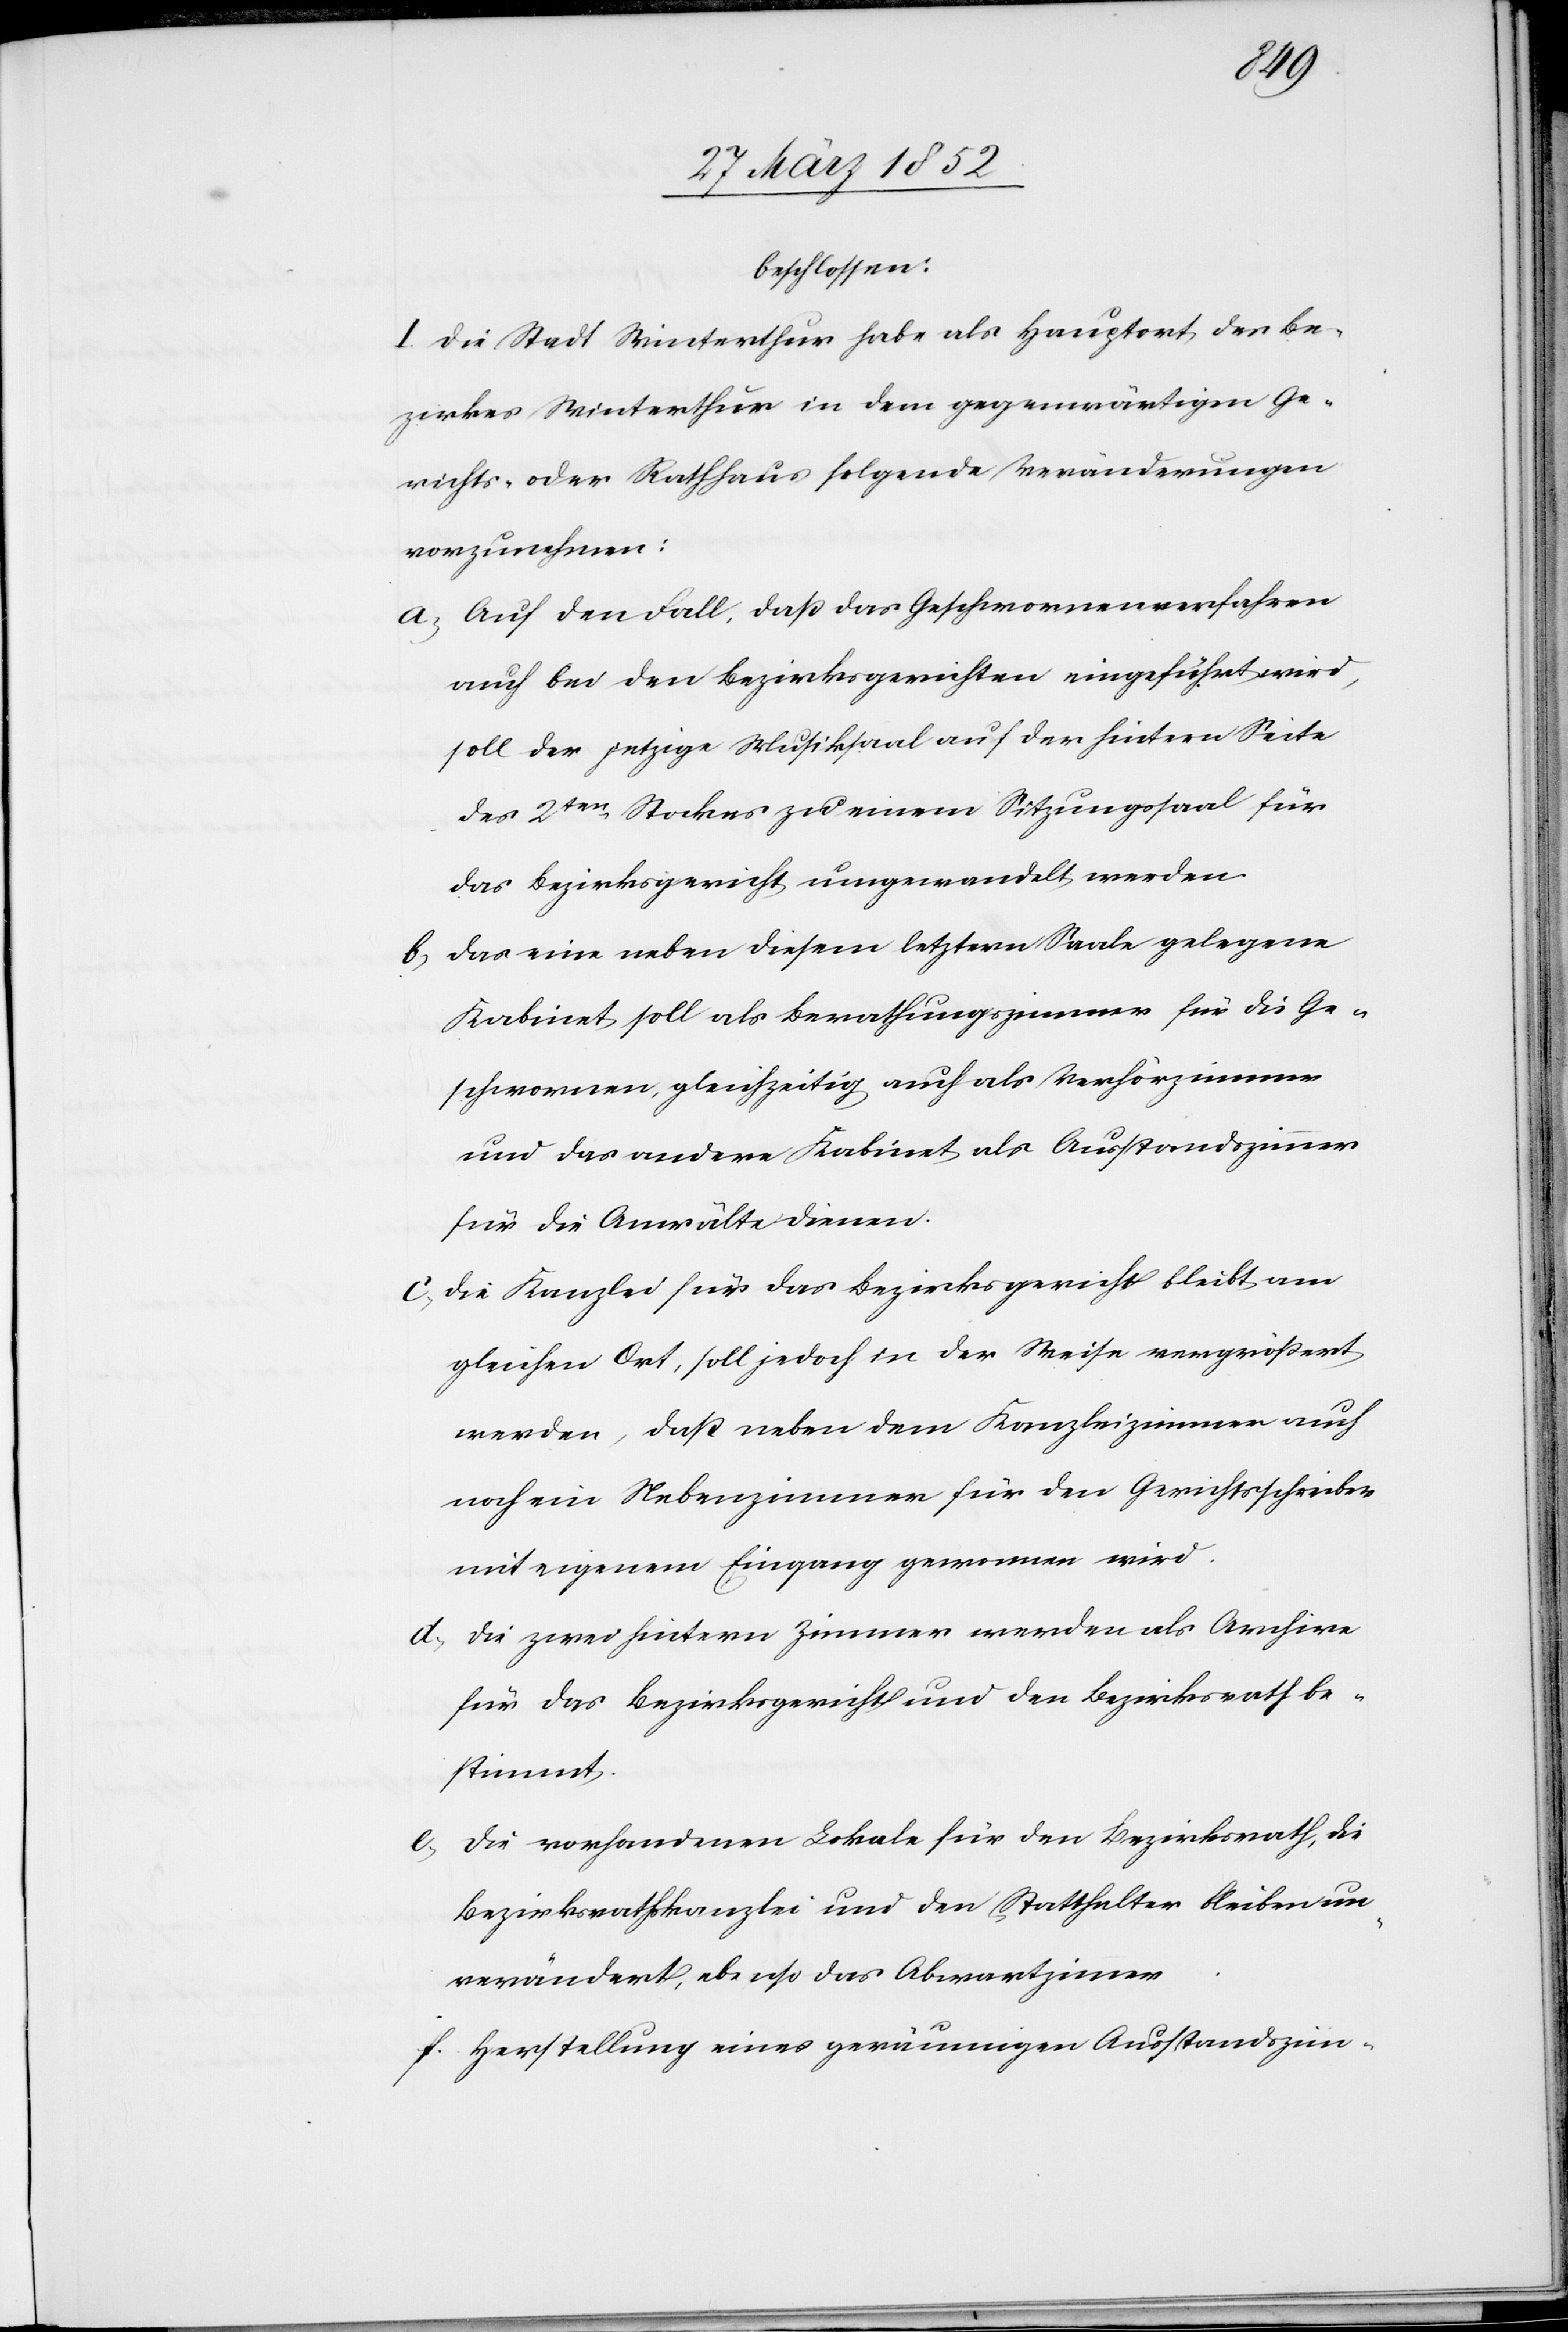
beschlossen:
I. Die Stadt Winterthur habe als Hauptort des Be¬
zirkes Winterthur in dem gegenwärtigen Ge¬
richts- oder Rathhaus folgende Veränderungen
vorzunehmen:
a) Auf den Fall, daß das Geschwornenverfahren
auch bei den Bezirksgerichten eingeführt wird,
soll der jetzige Musiksaal auf der hintern Seite
des 2ten Stockes zu einem Sitzungssaal für
das Bezirksgericht umgewandelt werden.
b) Das eine neben diesem letztern Saale gelegene
Kabinet soll als Berathungszimmer für die Ge¬
schwornen gleichzeitig auch als Verhörzimmer
und das andere Kabinet als Ausstandszimmer
für die Anwälte dienen.
c) Die Kanzlei für das Bezirksgericht bleibt am
gleichen Ort, soll jedoch in der Weise vergrößert
werden, daß neben dem Kanzleizimmer auch
noch ein Nebenzimmer für den Gerichtsschreiber
mit eigenem Eingang gewonnen wird.
d) Die zwei hintern Zimmer werden als Archive
für das Bezirksgericht und den Bezirksrath be¬
stimmt.
e) Die vorhandenen Lokale für den Bezirksrath, die
Bezirksrathskanzlei und den Statthalter bleiben un¬
verändert, ebenso das Abwartzimmer.
f) Herstellung eines geräumigen Ausstandszim-